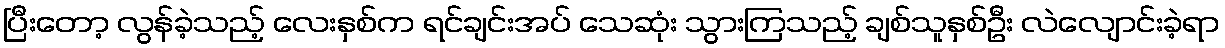
ပြီးတော့ လွန်ခဲ့သည့် လေးနှစ်က ရင်ချင်းအပ် သေဆုံး သွားကြသည့် ချစ်သူနှစ်ဦး လဲလျောင်းခဲ့ရာ